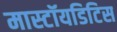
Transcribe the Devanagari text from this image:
मास्टॉयडिटिस